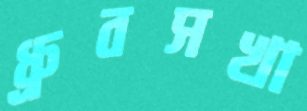
ধ্রুবসখা